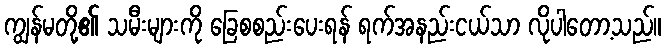
ကျွန်မတို့၏ သမီးများကို ခြေစစည်းပေးရန် ရက်အနည်းငယ်သာ လိုပါတော့သည်။